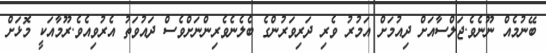
ބޭނުމެއް ނޫނެވެ.ޖަލްސާއަށް ދިއުމަށް އަމުރު ވެރި ދަރިވަރުންގެ ބެލެނެވެރިންނަށްވެސް ދައުވަތު އެރުވިއެވެ.ރޫމާއަކީ މޮޅަށް